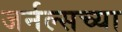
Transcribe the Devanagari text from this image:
जर्नल्सच्या